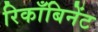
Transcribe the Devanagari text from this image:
रिकाँबिनेंट